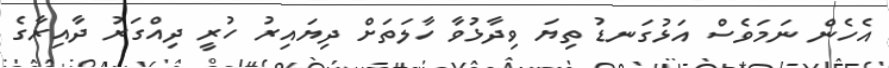
އެހެން ނަމަވެސް އަޅުގަނޑު ތިޔަ ވިދާޅުވާ ހާލަތަށް ދިޔައިރު ހުރީ ދިއްގަރު ދާއިރާގެ